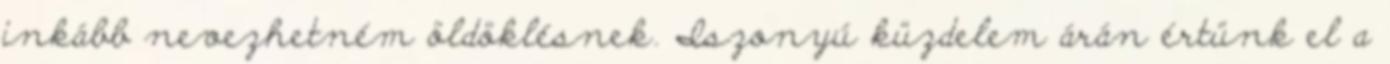
inkább nevezhetném öldöklésnek. Iszonyú küzdelem árán értünk el a